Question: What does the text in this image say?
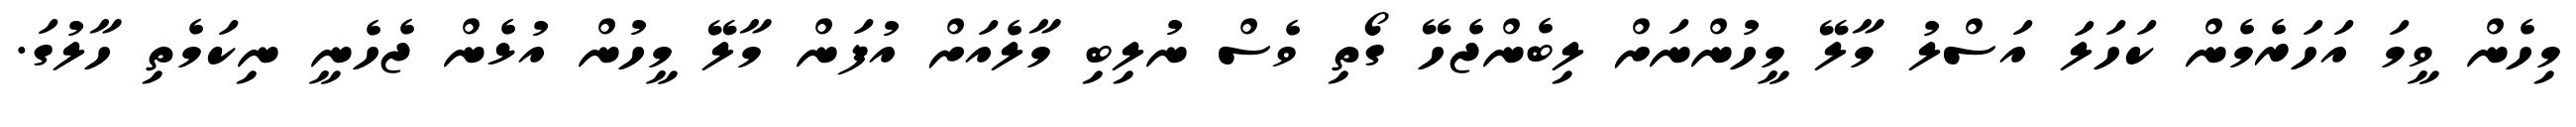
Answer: މިހެން ވީމަ އަހަރެމެން ކަހަލަ އަސްލު މާލޭ މީހުންނަށް ލިބެންޖެހޭ ގޯތި ވެސް ނުލިބި މާލެއަށް އުފަން މާލޭ މީހުން އުޅެން ޖެހެނީ ނިކަމެތި ހާލުގަ.